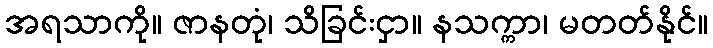
အရသာကို။ ဇာနတုံ၊ သိခြင်းငှာ။ နသက္ကာ၊ မတတ်နိုင်။